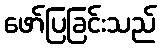
ဖော်ပြခြင်းသည်